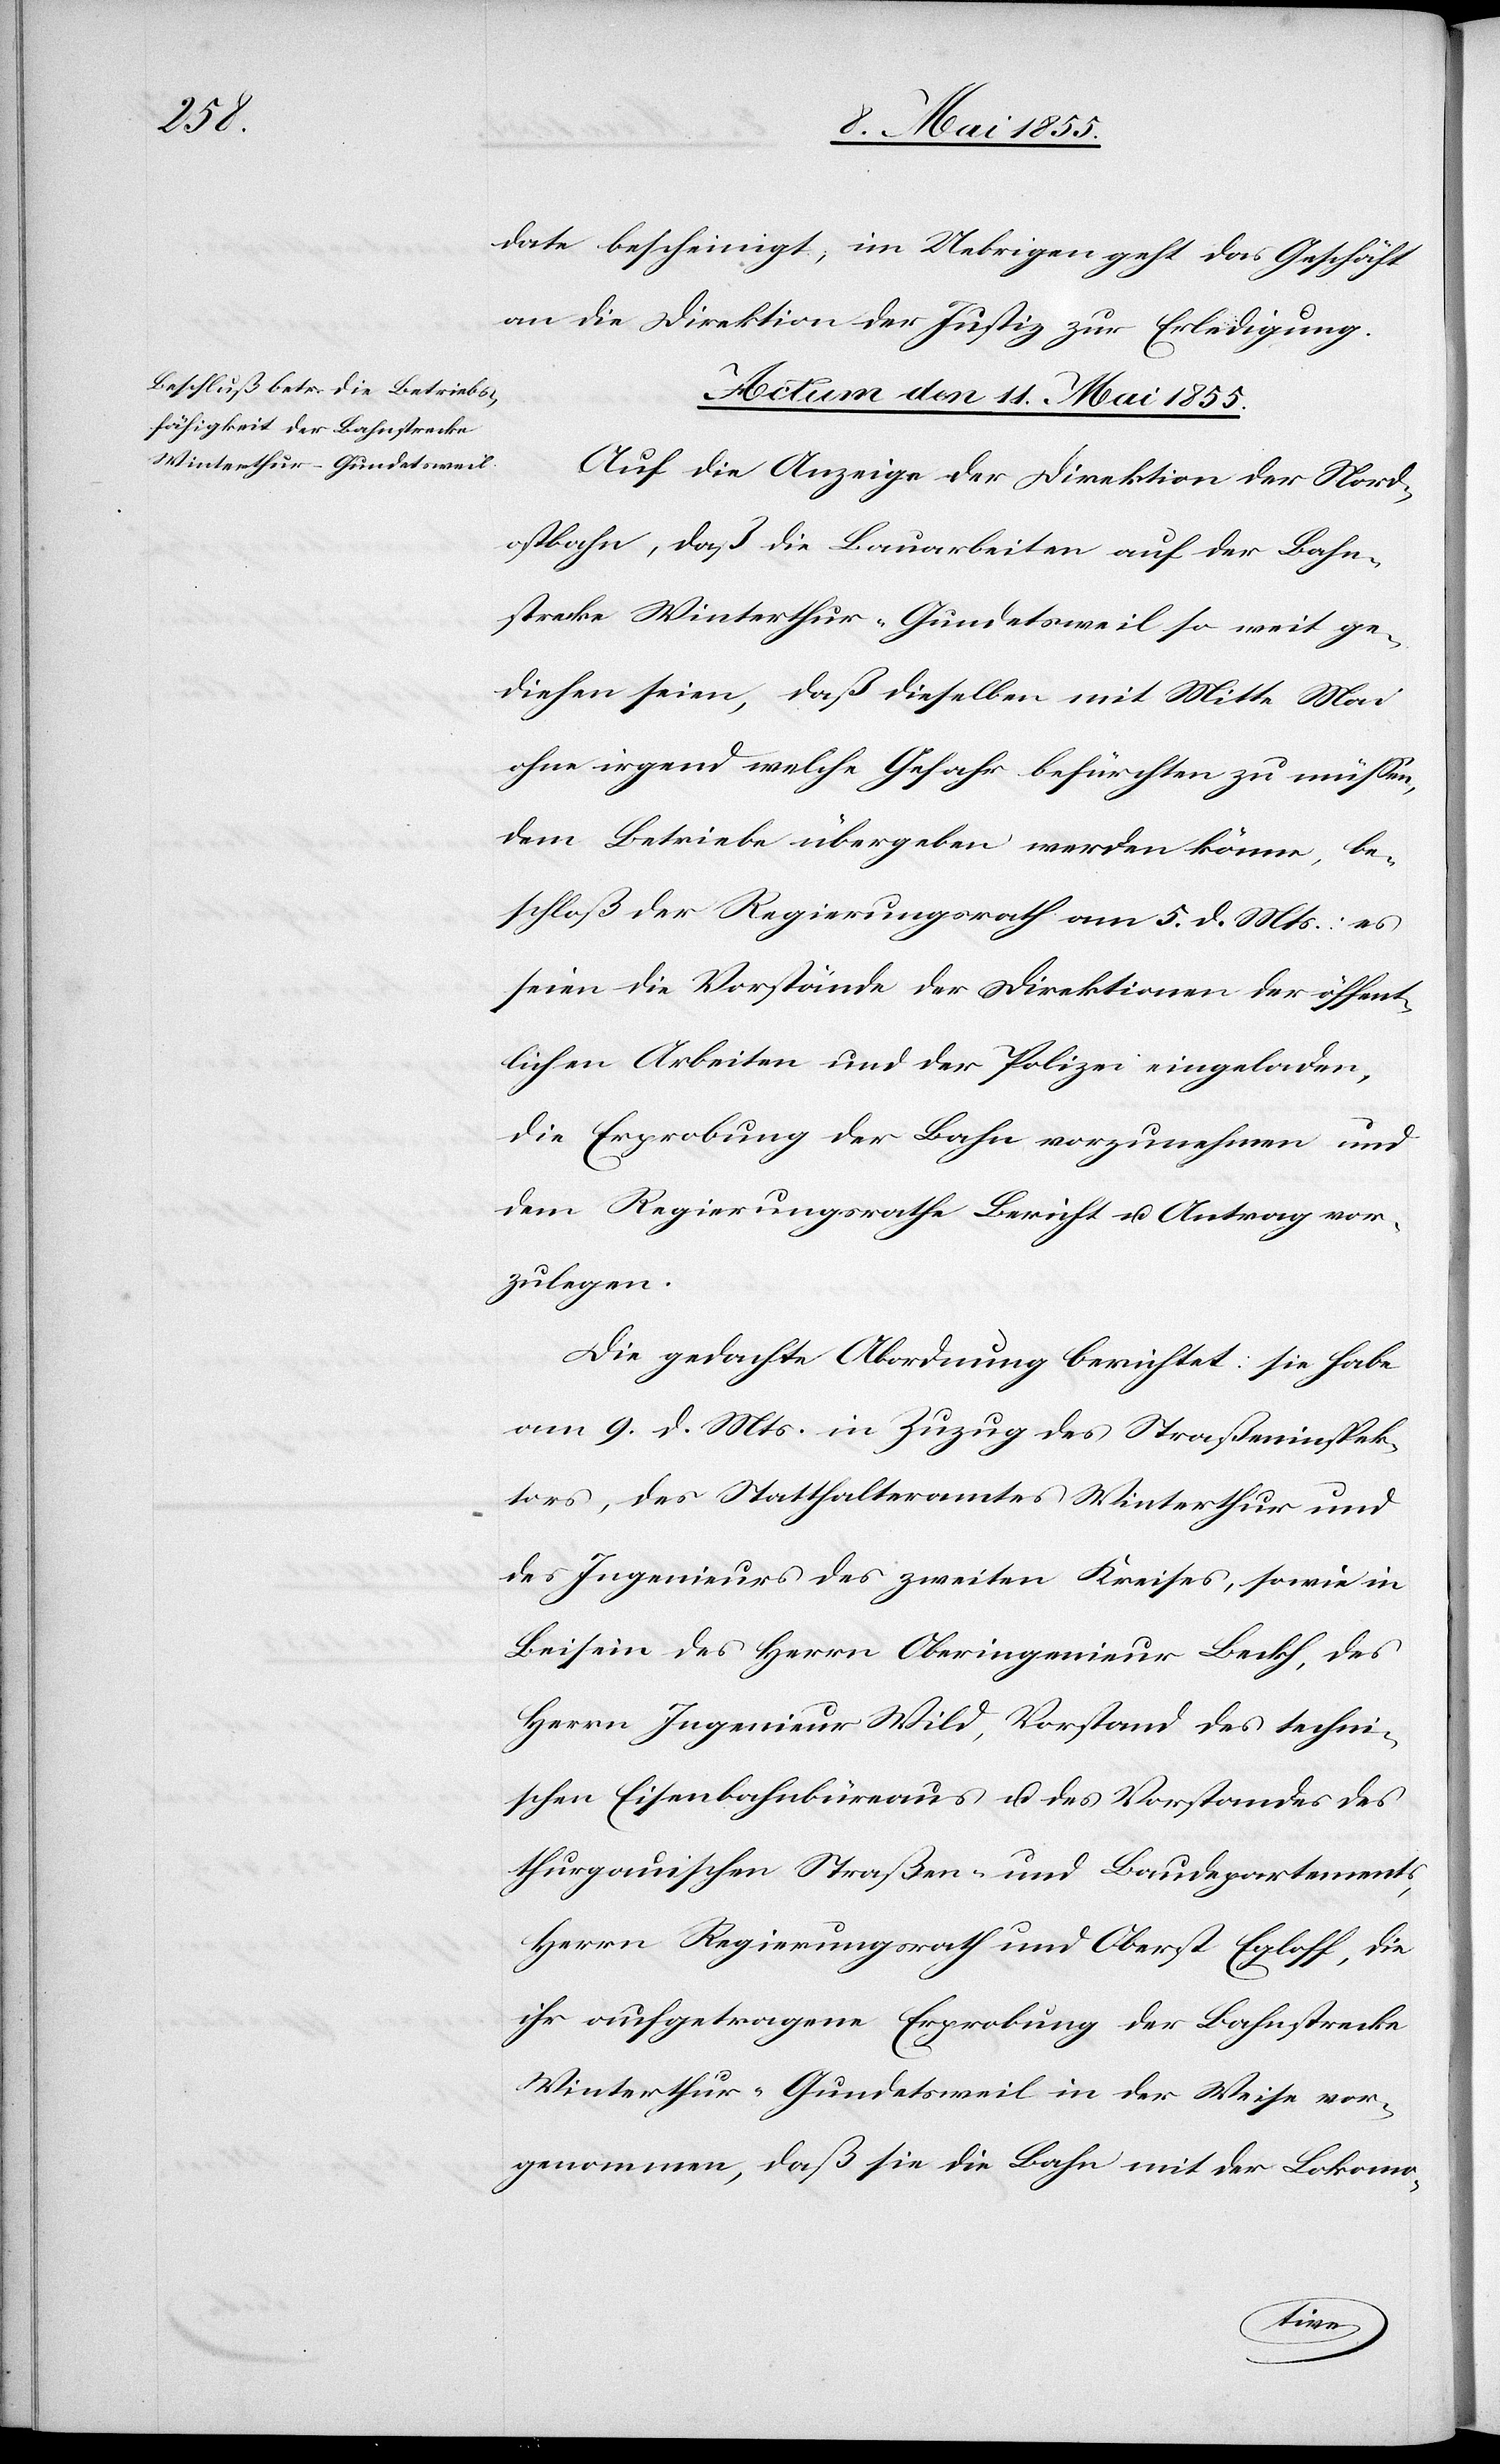
date bescheinigt, im Uebrigen geht das Geschäft
an die Direktion der Justiz zur Erledigung.
Actum den 11. Mai 1855.
Auf die Anzeige der Direktion der Nord¬
ostbahn, daß die Bauarbeiten auf der Bahn¬
strecke Winterthur–Gundetsweil so weit ge¬
diehen seien, daß dieselben [sic!] mit Mitte Mai
ohne irgend welche Gefahr befürchten zu müssen,
dem Betriebe übergeben werden könne, be¬
schloß der Regierungsrath am 5. d. Mts.: es
seien die Vorstände der Direktionen der öffent¬
lichen Arbeiten und der Polizei eingeladen,
die Erprobung der Bahn vorzunehmen und
dem Regierungsrathe Bericht u. Antrag vor¬
zulegen.
Die gedachte Abordnung berichtet: sie habe
am 9. d. Mts. in Zuzug des Straßeninspek¬
tors, des Statthalteramtes Winterthur und
des Ingenieurs des zweiten Kreises, sowie in
Beisein des Herrn Oberingenieur Beckh, des
Herrn Ingenieur Wild, Vorstand des techni¬
schen Eisenbahnbüreaus u. des Vorstandes des
thurgauischen Straßen- und Baudepartements,
Herrn Regierungsrath und Oberst Egloff, die
ihr aufgetragene Erprobung der Bahnstrecke
Winterthur–Gundetsweil in der Weise vor¬
genommen, daß sie die Bahn mit der Lokomo-